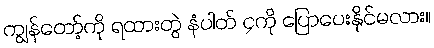
ကျွန်တော့်ကို ရထားတွဲ နံပါတ် ၄ကို ပြောပေးနိုင်မလား။